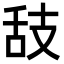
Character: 𦧉